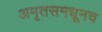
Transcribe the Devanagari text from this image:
अमृतसमधूनच